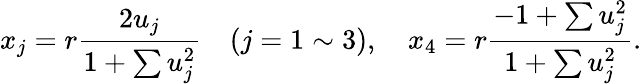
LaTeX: x_{j}=r\frac{2u_{j}}{1+\sum u_{j}^{2}}\quad(j=1\sim 3),\quad x_{4}=r\frac{-1+\sum u_{j}^{2}}{1+\sum u_{j}^{2}}.